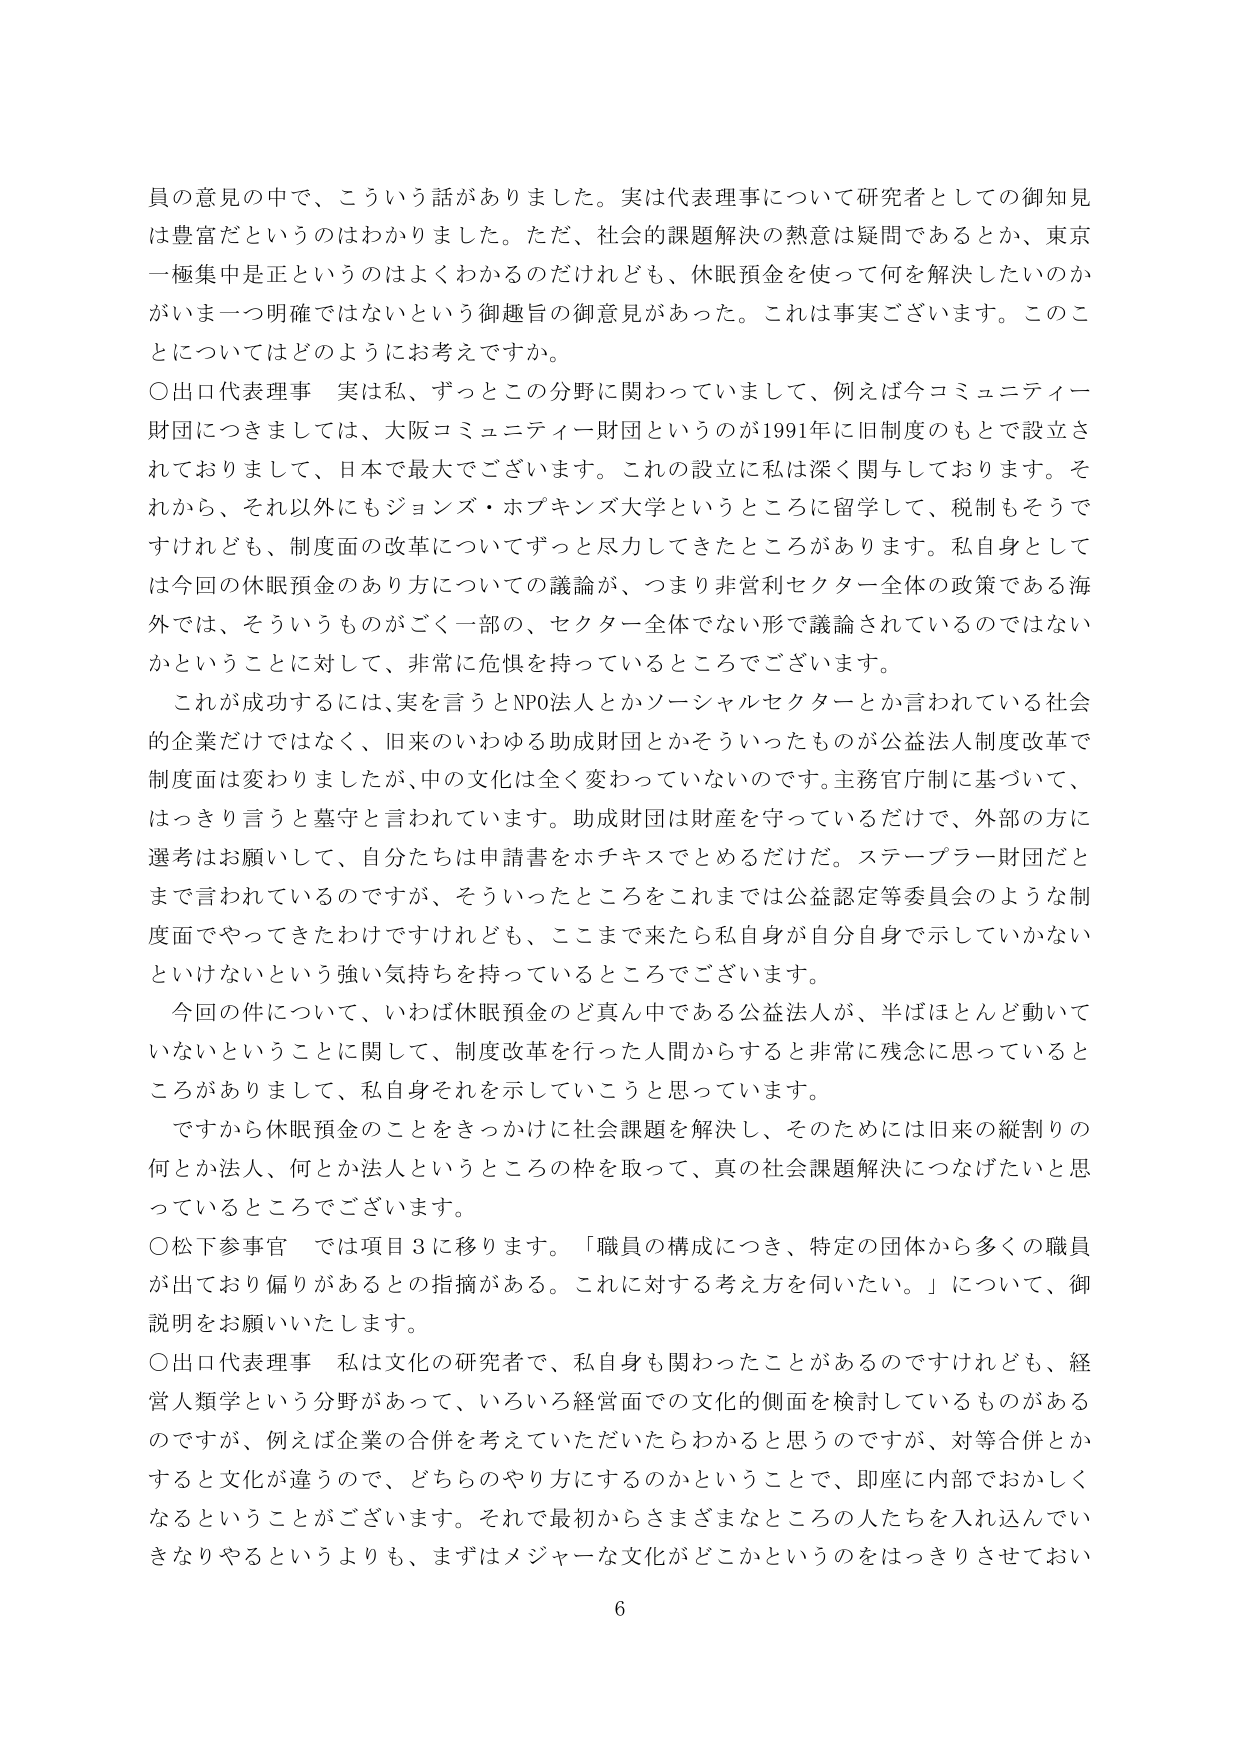
員の意見の中で、こういう話がありました。実は代表理事について研究者としての御知見は豊富だというのはわかりました。ただ、社会的課題解決の熱意は疑問であるとか、東京一極集中は正というのはよくわかるのだけれども、休眠預金を使って何を解決したいのかがいま一つ明確ではないという御趣旨の御意見があった。これは事実ございます。このことについてはどのようにお考えですか。

〇出口代表理事　実は私、ずっとこの分野に関わっていまして、例えば今コミュニティー財団につきましては、大阪コミュニティー財団というのが1991年に旧制度のもとで設立されておりまして、日本で最大でございます。この設立に私は深く関与しております。それから、それ以外にもジョンズ・ホプキンズ大学というところに留学して、税制もそうでなければ、制度面の改革についてずっと尽力してきたところがあります。私自身としては今回の休眠預金のあり方についての議論が、つまり非営利セクター全体の政策である海外では、そういうものがごく一部の、セクター全体でない形で議論されているのではないのかということに対して、非常に危惧を持っているところでございます。

これが成功するには、実を言うとNPO法人とかソーシャルセクターとか言われている社会的企業だけではなく、旧来のいわゆる助成財団とかそういったものが公益法人制度改革で制度面は変わりましたが、中の文化は全く変わっていないのです。主務官庁制に基づいて、はっきり言うと墓守と言われています。助成財団は財産を守っているだけで、外部の方に選考はお願いして、自分たちは申請書をホチキスでとめるだけだ。ステーブラー財団だとまで言われているのですが、そういったところをこれまでは公益認定等委員会のような制度面でやってきたわけですが、ここまで来たら私自身が自分自身で示していかないといけないという強い気持ちを持っているところでございます。

今回の件について、いわば休眠預金のど真ん中である公益法人が、半ばほとんど動いていないということに関して、制度改革を行った人間からすると非常に残念に思っているところがありまして、私自身それを示していこうと思っています。

ですから休眠預金のことをきっかけに社会課題を解決し、そのためには旧来の縦割りの何とか法人、何とか法人というところの枠を取って、真の社会課題解決につなげたいと思っているところでございます。

〇松下参事官　では項目3に移ります。「職員の構成につき、特定の団体から多くの職員が出ており偏りがあるとの指摘がある。これに対する考え方を伺いたい。」について、御説明をお願いいたします。

〇出口代表理事　私は文化の研究者で、私自身も関わったことがあるのですけれども、経営人類学という分野があって、いろいろ経営面での文化的側面を検討しているものがあるのですが、例えば企業の合併を考えていただいたらわかると思うのですが、対等合併とかすると文化が違うので、どちらのやり方にするのかということで、即座に内部でおかしくなるということがございます。それで最初からさまざまなところの人たちを入れ込んでいきなりやるというよりも、まずはメジャーな文化がどこかというのをはっきりさせておい

6